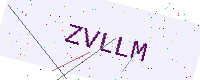
Text: ZVLLM